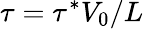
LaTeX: \tau=\tau^{*}V_{0}/L